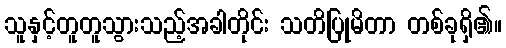
သူနှင့်တူတူသွားသည့်အခါတိုင်း သတိပြုမိတာ တစ်ခုရှိ၏။